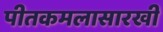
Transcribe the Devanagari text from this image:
पीतकमलासारखी